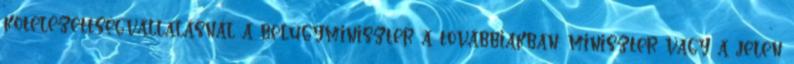
kötelezettségvállalásnál a belügyminiszter a továbbiakban: miniszter vagy a jelen